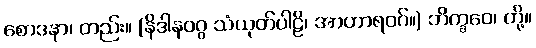
စောဒနာ၊ တည်း။ (နိဒါနဝဂ္ဂ သံယုတ်ပါဠိ၊ အာဟာရဝဂ်။) ဘိက္ခဝေ၊ တို့။